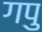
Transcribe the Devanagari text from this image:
गपु